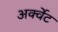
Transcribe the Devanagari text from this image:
अर्क्वेट